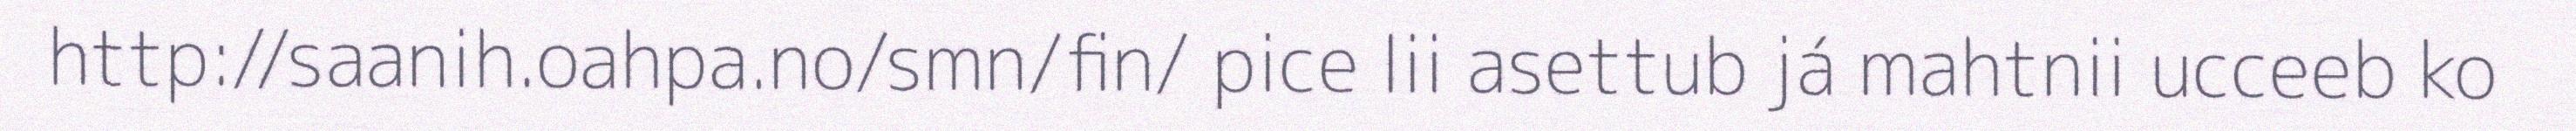
http://saanih.oahpa.no/smn/fin/ pice lii asettub já mahtnii ucceeb ko